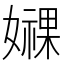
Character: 𫲁